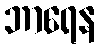
ဘာရေန